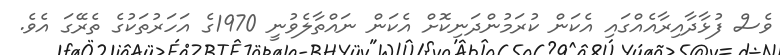
ވެސް ފުޅާދާއިރާއެއްގައި އެކަން ކުރަމުންދަނިކޮށް އެކަން ނައްތާލެވުނީ 1970ގެ އަހަރުތަކުގެ ތެރޭގަ އެވެ.